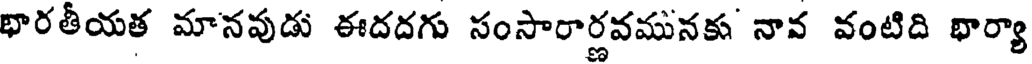
భారతీయత మానవుడు ఈదదగు సంసారార్లవమునకు నావ వంటిది భార్యా